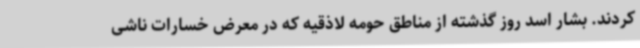
کردند. بشار اسد روز گذشته از مناطق حومه لاذقیه که در معرض خسارات ناشی